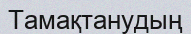
Тамақтанудың